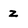
Character: z